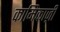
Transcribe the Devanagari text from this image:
कामिकाज़ी